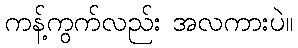
ကန့်ကွက်လည်း အလကားပဲ။